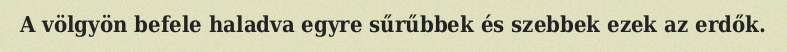
A völgyön befele haladva egyre sűrűbbek és szebbek ezek az erdők.